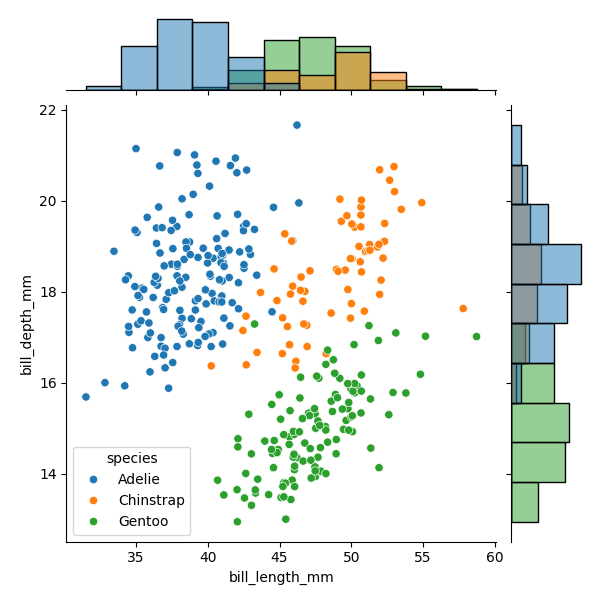
python, seaborn, JointGrid, scatterplot, histplot, hue